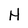
Character: H